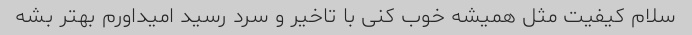
سلام کیفیت مثل همیشه خوب کنی با تاخیر و سرد رسید امیداورم بهتر بشه